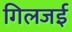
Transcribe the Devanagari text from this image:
गिलजई